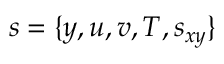
s = \{ y , u , v , T , s _ { x y } \}